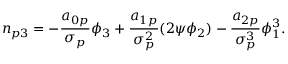
n _ { p 3 } = - \frac { a _ { 0 p } } { \sigma _ { p } } \phi _ { 3 } + \frac { a _ { 1 p } } { \sigma _ { p } ^ { 2 } } ( 2 \psi \phi _ { 2 } ) - \frac { a _ { 2 p } } { \sigma _ { p } ^ { 3 } } \phi _ { 1 } ^ { 3 } .